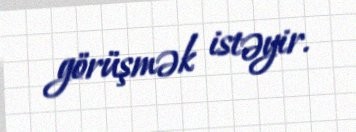
görüşmək istəyir.